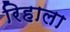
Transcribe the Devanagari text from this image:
रिहाला